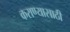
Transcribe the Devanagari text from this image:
कराण्यासाठी